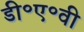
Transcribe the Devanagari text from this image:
डी॰ए॰वी